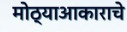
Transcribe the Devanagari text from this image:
मोठ्याआकाराचे